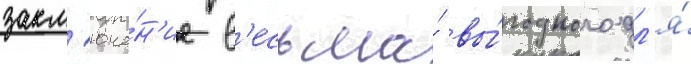
закл'юче́н'ие в'есьма́ вы́годного дл'я́